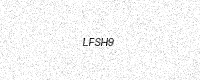
Text: LFSH9